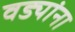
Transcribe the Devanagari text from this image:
वड्यांना